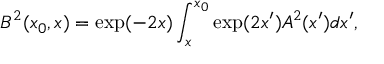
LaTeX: B ^ { 2 } ( x _ { 0 } , x ) = \exp ( - 2 x ) \int _ { x } ^ { x _ { 0 } } \exp ( 2 x ^ { \prime } ) A ^ { 2 } ( x ^ { \prime } ) d x ^ { \prime } ,